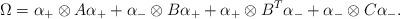
LaTeX: \begin{align*}\Omega=\alpha_+\otimes A\alpha_+ +\alpha_-\otimes B\alpha_+ +\alpha_+\otimes B^T\alpha_- +\alpha_-\otimes C\alpha_-.\end{align*}